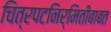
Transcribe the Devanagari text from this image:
चित्रपटनिर्मितीबाबत